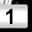
Digit: 1